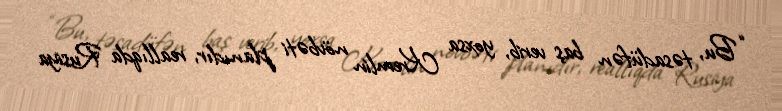
“Bu, təsadüfən baş verib, yoxsa Kremlin növbəti planıdır, reallıqda Rusiya